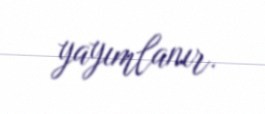
yayımlanır.